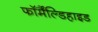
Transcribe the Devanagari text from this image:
फॉर्मैंल्डिहाइड